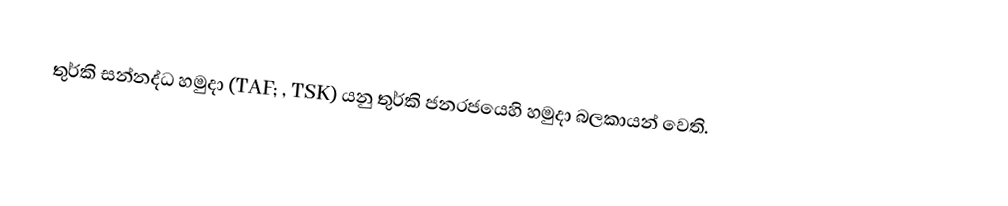
තුර්කි සන්නද්ධ හමුදා (TAF; , TSK) යනු  තුර්කි ජනරජයෙහි හමුදා බලකායන් වෙති.